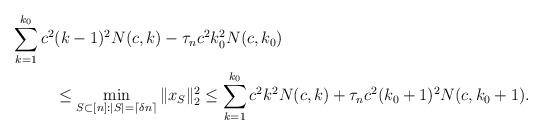
LaTeX: \begin{align*}\sum_{k=1}^{k_0} c^2 &(k-1)^2 N(c,k) - \tau_n c^2 k_0^2 N(c,k_0) \\&\leq \min_{S \subset [n]: |S| = \lceil \delta n \rceil} \|x_S\|_2^2 \leq \sum_{k=1}^{k_0} c^2 k^2 N(c,k) + \tau_n c^2 (k_0+1)^2 N(c, k_0+1).\end{align*}